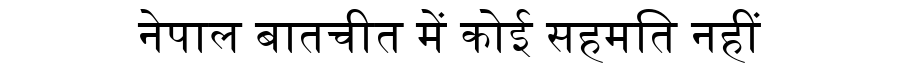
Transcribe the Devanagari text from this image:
नेपाल बातचीत में कोई सहमति नहीं